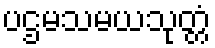
ပဌမသမယသုတ္တံ